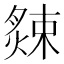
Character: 𦠁